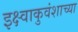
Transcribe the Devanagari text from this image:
इक्ष्वाकुवंशाच्या